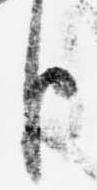
臣